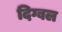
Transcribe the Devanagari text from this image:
दिग्बल